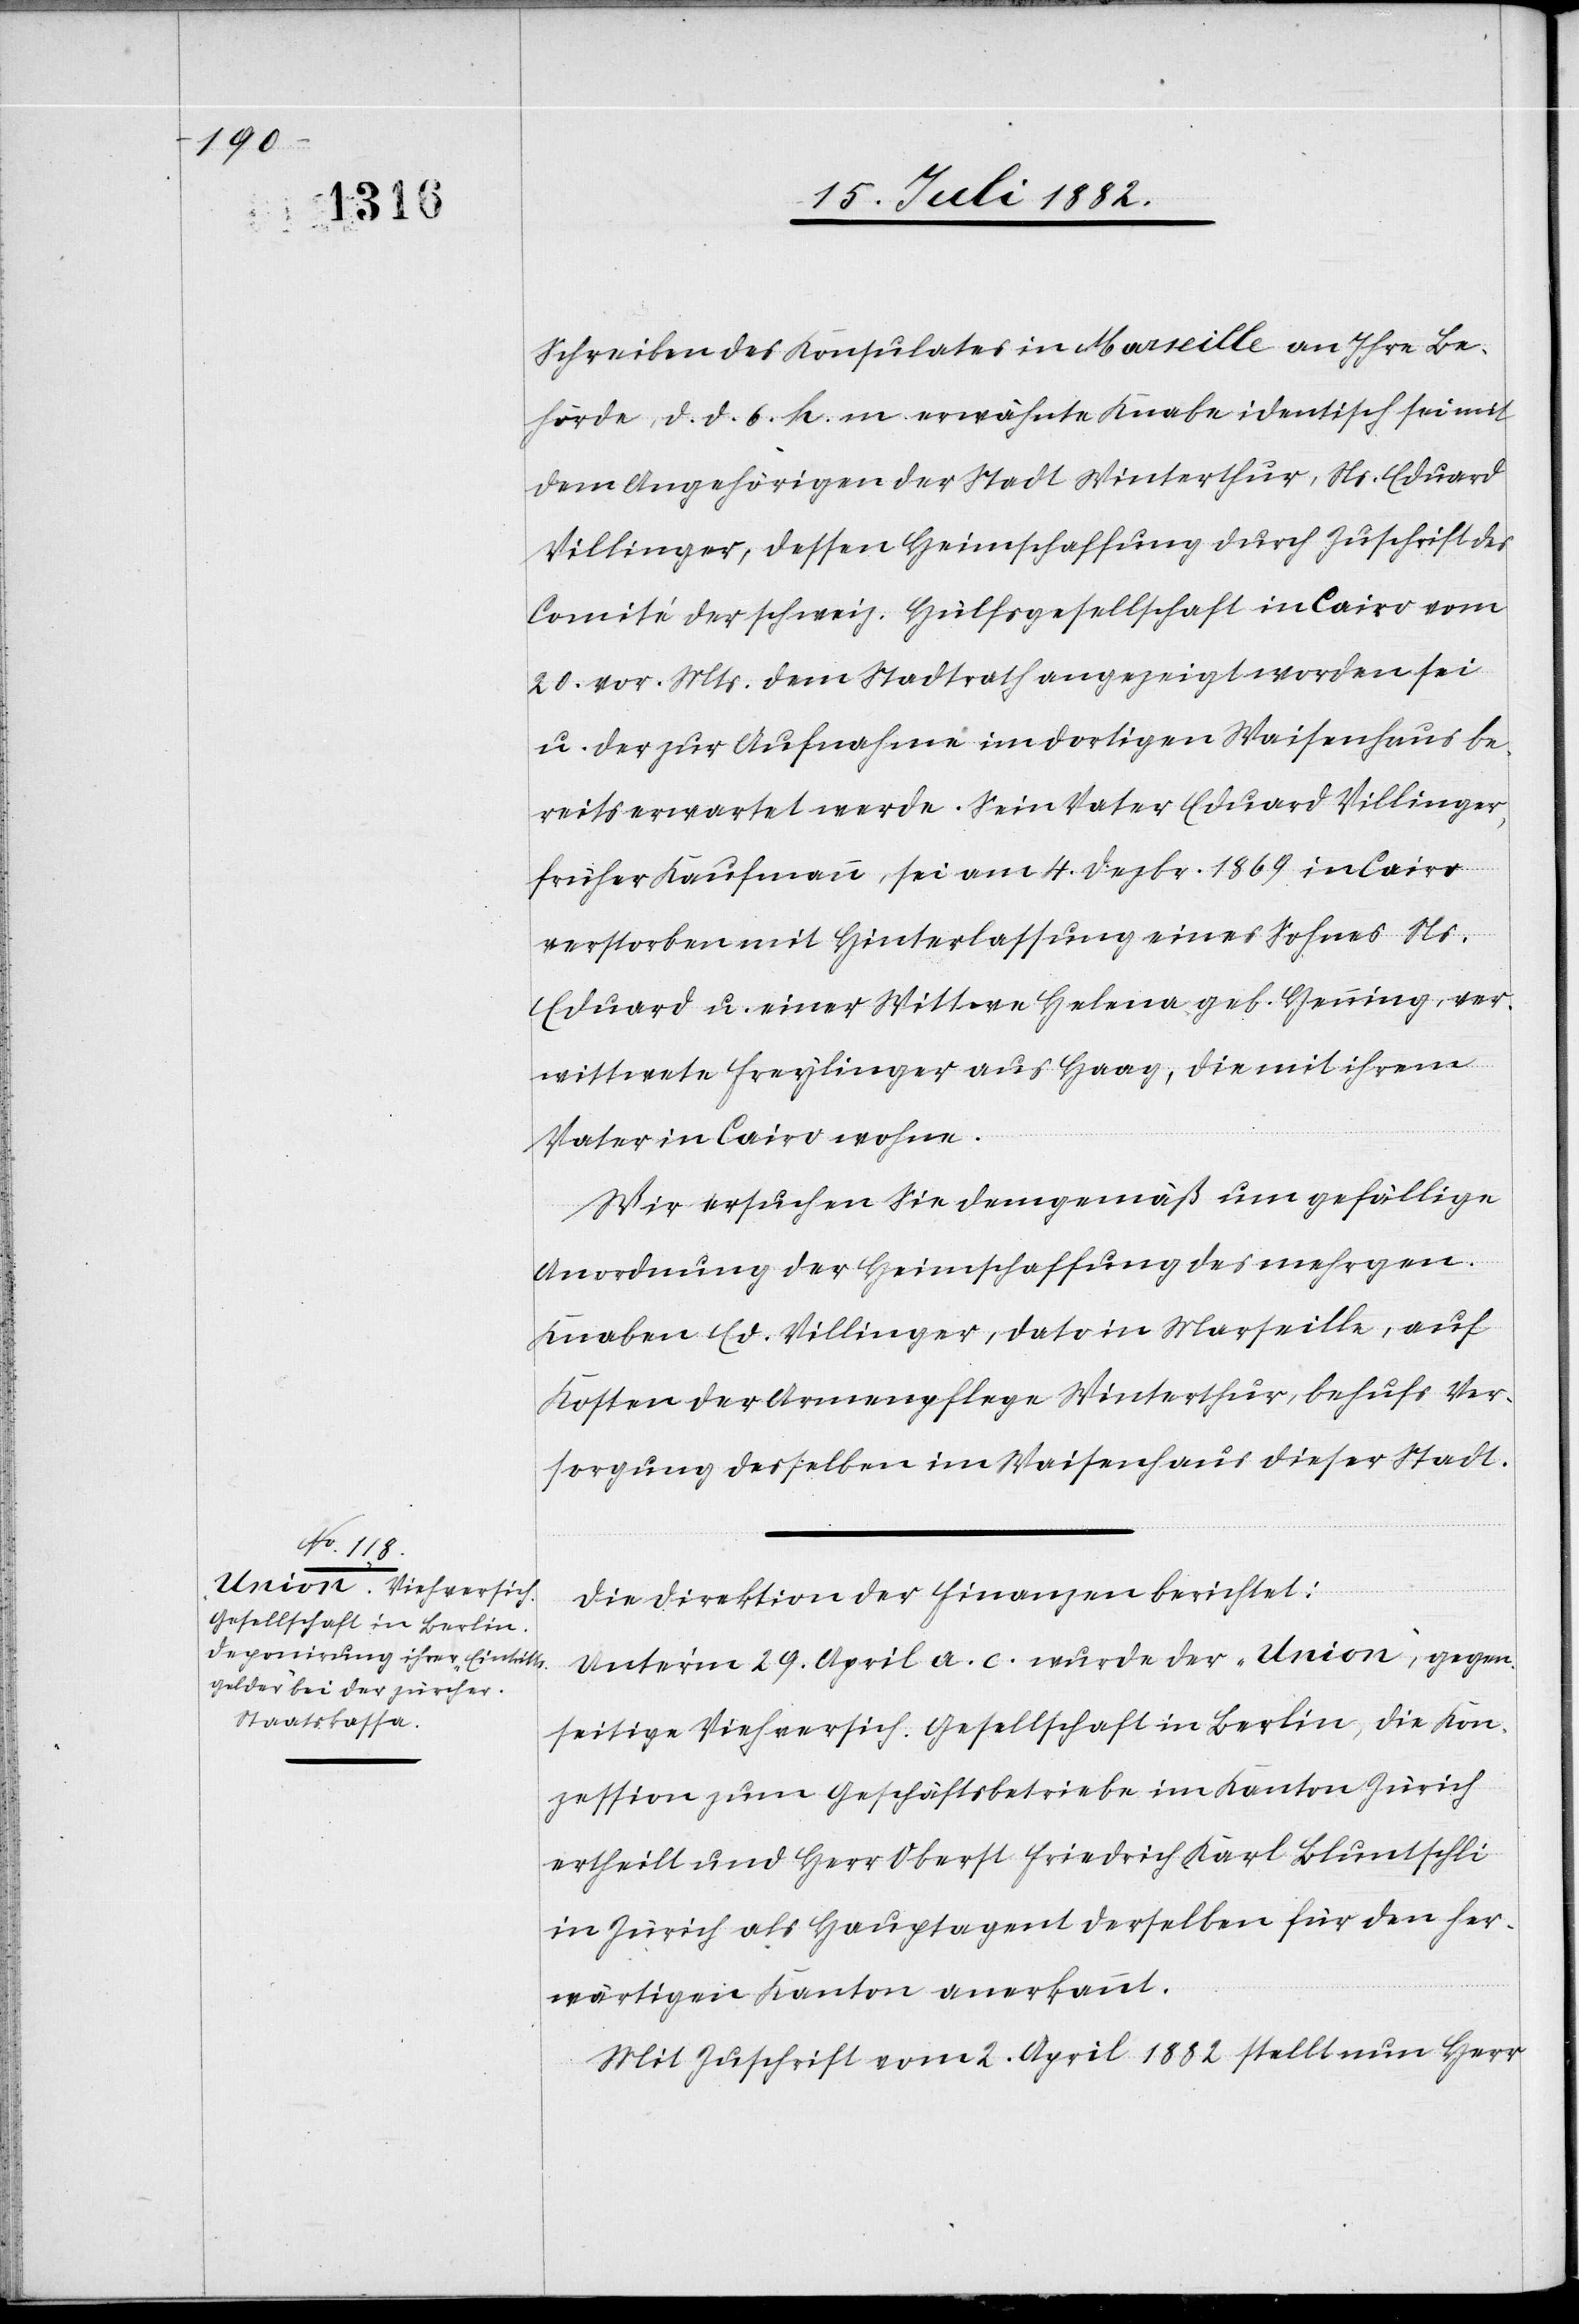
Schreiben des Konsulates in Marseille an Ihre Be¬
hörde, d. d. 6. k. m. erwähnte Knabe identisch sei mit
dem Angehörigen der Stadt Winterthur, Ns. Eduard
Villinger, dessen Heimschaffung durch Zuschrift des
Comité der schweiz. Hülfsgesellschaft in Cairo vom
20. vor. Mts. dem Stadtrath angezeigt worden sei
u. der zur Aufnahme im dortigen Waisenhaus be¬
reits erwartet werde. Sein Vater Eduard Villinger,
früher Kaufmann, sei am 4. Dezbr. 1869 in Cairo
verstorben mit Hinterlassung eines Sohnes Ns.
Eduard u. einer Wittwe Helena geb. Henning, ver¬
wittwete Freylinger aus Haag, die mit ihrem
Vater in Cairo wohne.
Wir ersuchen Sie demgemäß um gefällige
Anordnung der Heimschaffung des mehrgen.
Knaben Ed. Villinger, dato in Marseille, auf
Kosten der Armenpflege Winterthur, behufs Ver¬
sorgung desselben im Waisenhaus dieser Stadt.
Die Direktion der Finanzen berichtet:
Unter’m 29. April a. c. wurde der „Union“, gegen¬
seitige Viehversich. Gesellschaft in Berlin, die Kon¬
zession zum Geschäftsbetriebe im Kanton Zürich
ertheilt und Herr Oberst Friedrich Karl Bluntschli
in Zürich als Hauptagent derselben für den her¬
wärtigen Kanton anerkannt.
Mit Zuschrift vom 2. April 1882 stellt nun Herr